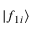
| f _ { 1 i } \rangle